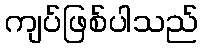
ကျပ်ဖြစ်ပါသည်